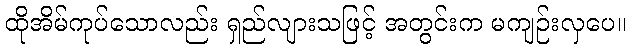
ထိုအိမ်ကုပ်သောလည်း ရှည်လျားသဖြင့် အတွင်းက မကျဉ်းလှပေ။